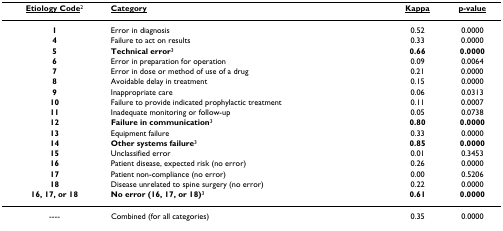
<table><thead><tr><td><b><underline>Etiology Code</underline><sup>2</sup></b></td><td><b><underline>Category</underline></b></td><td><b><underline>Kappa</underline></b></td><td><b><underline>p-value</underline></b></td></tr></thead><tbody><tr><td><b>1</b></td><td>Error in diagnosis</td><td>0.52</td><td>0.0000</td></tr><tr><td><b>4</b></td><td>Failure to act on results</td><td>0.33</td><td>0.0000</td></tr><tr><td><b>5</b></td><td><b>Technical error</b><sup>3</sup></td><td><b>0.66</b></td><td><b>0.0000</b></td></tr><tr><td><b>6</b></td><td>Error in preparation for operation</td><td>0.09</td><td>0.0064</td></tr><tr><td><b>7</b></td><td>Error in dose or method of use of a drug</td><td>0.21</td><td>0.0000</td></tr><tr><td><b>8</b></td><td>Avoidable delay in treatment</td><td>0.15</td><td>0.0000</td></tr><tr><td><b>9</b></td><td>Inappropriate care</td><td>0.06</td><td>0.0313</td></tr><tr><td><b>10</b></td><td>Failure to provide indicated prophylactic treatment</td><td>0.11</td><td>0.0007</td></tr><tr><td><b>11</b></td><td>Inadequate monitoring or follow-up</td><td>0.05</td><td>0.0738</td></tr><tr><td><b>12</b></td><td><b>Failure in communication</b><sup>3</sup></td><td><b>0.80</b></td><td><b>0.0000</b></td></tr><tr><td><b>13</b></td><td>Equipment failure</td><td>0.33</td><td>0.0000</td></tr><tr><td><b>14</b></td><td><b>Other systems failure</b><sup>3</sup></td><td><b>0.85</b></td><td><b>0.0000</b></td></tr><tr><td><b>15</b></td><td>Unclassified error</td><td>0.01</td><td>0.3453</td></tr><tr><td><b>16</b></td><td>Patient disease, expected risk (no error)</td><td>0.26</td><td>0.0000</td></tr><tr><td><b>17</b></td><td>Patient non-compliance (no error)</td><td>0.00</td><td>0.5206</td></tr><tr><td><b>18</b></td><td>Disease unrelated to spine surgery (no error)</td><td>0.22</td><td>0.0000</td></tr><tr><td><b>16, 17, or 18</b></td><td><b>No error (16, 17, or 18)</b><sup>3</sup></td><td><b>0.61</b></td><td><b>0.0000</b></td></tr><tr><td>----</td><td>Combined (for all categories)</td><td>0.35</td><td>0.0000</td></tr></tbody></table>